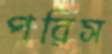
পরিস